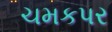
ચમકપર